Civil Veterinary Dept. North-West Frontier Province 1933-46 - 1933-1946
Year: 1933
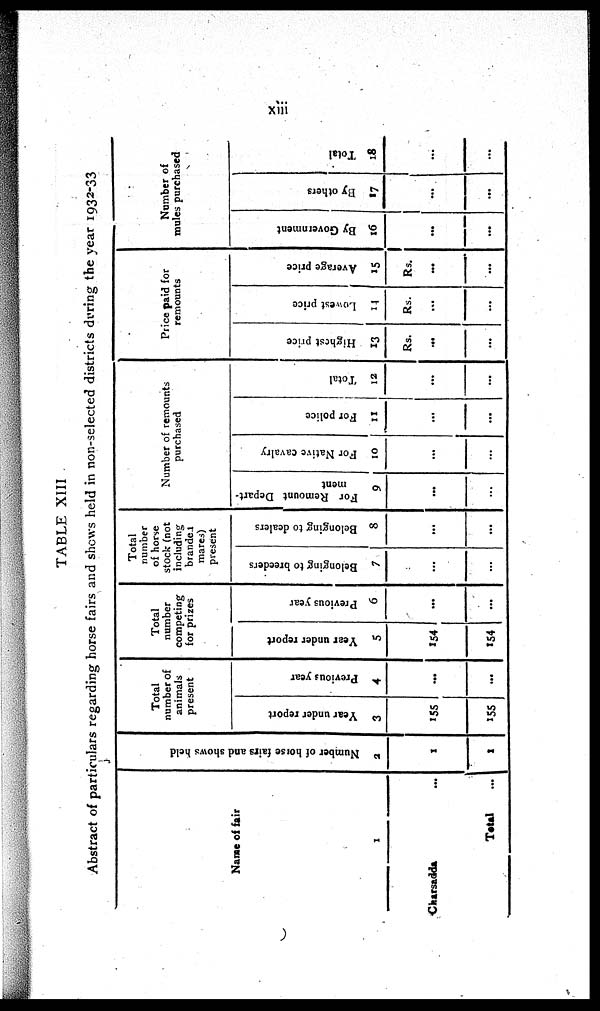
xiii
TABLE XIII
Abstract of particulars regarding horse fairs and shows held in non-selected districts during the year 1932-33
Name of fair
1
Charsadda ...
Total ...
Nu mb e r of hor se fairs and shows held
2
1
1
Total
number of
animals
present
Year under report
3
155
155
Previous year
4
...
...
Total
number
competing
for prizes
Year under report
5
154
154
Previous year
6
...
...
Total
number
of horse
stock (not
including
brander
mares)
present
Belonging to breeders
7
...
...
Belonging to dealers
8
...
...
Number of remounts
purchased
For Remount Depart-
ment
9
...
...
For Native cavalry
10
...
...
For police
11
...
...
Total
12
...
...
Price paid for
remounts
Highest price
13
Rs.
...
...
Lowest price
14
Rs.
...
...
Average price
15
Rs.
...
...
Number of
mules purchased
By Government
16
...
...
By others
17
...
...
Total
18
...
...